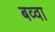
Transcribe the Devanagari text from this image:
बव्वा